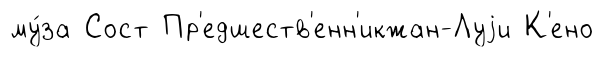
му́за Сост Пр'едшеств'енн'икжан-Луjи К'ено